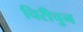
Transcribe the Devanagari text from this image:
चिरीचुन